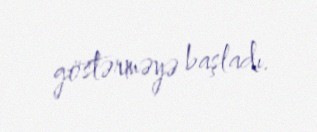
göstərməyə başladı.